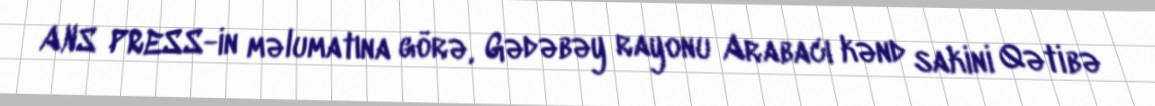
ANS PRESS-in məlumatına görə, Gədəbəy rayonu Arabacı kənd sakini Qətibə